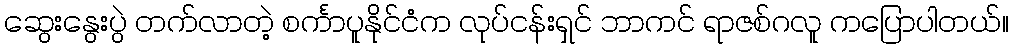
ဆွေးနွေးပွဲ တက်လာတဲ့ စင်္ကာပူနိုင်ငံက လုပ်ငန်းရှင် ဘာကင် ရာဇစ်ဂလူ ကပြောပါတယ်။